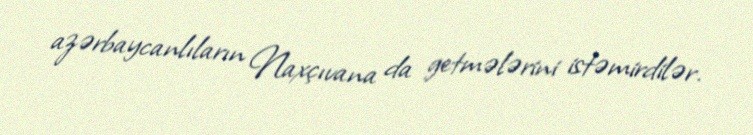
azərbaycanlıların Naxçıvana da getmələrini istəmirdilər.